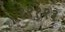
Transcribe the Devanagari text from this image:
१२१२३